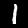
Label: 1